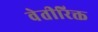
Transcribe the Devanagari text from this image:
वेतीरिक्त